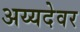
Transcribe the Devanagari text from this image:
अय्यदेवर